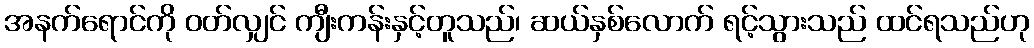
အနက်ရောင်ကို ဝတ်လျှင် ကျီးကန်းနှင့်တူသည်၊ ဆယ်နှစ်လောက် ရင့်သွားသည် ထင်ရသည်ဟု